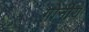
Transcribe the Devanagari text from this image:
गोर्नीय